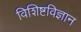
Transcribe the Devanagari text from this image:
विशिष्टविज्ञान